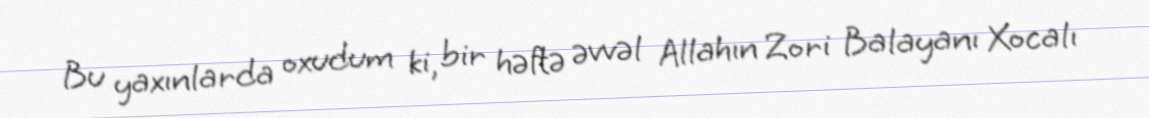
Bu yaxınlarda oxudum ki, bir həftə əvvəl Allahın Zori Balayanı Xocalı